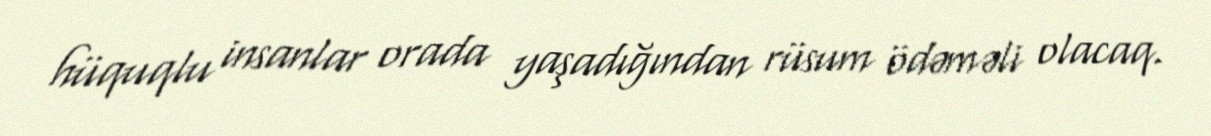
hüquqlu insanlar orada yaşadığından rüsum ödəməli olacaq.